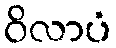
ဝိလာပံ